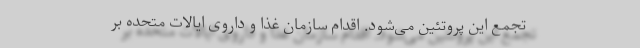
تجمع این پروتئین می‌شود. اقدام سازمان غذا و داروی ایالات متحده بر